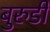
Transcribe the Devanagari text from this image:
बुरुडी